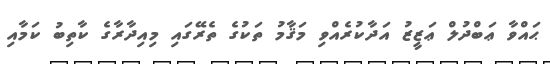
ޙައްވާ ޢަބްދުލް ޢަޒީޒު އަދާކުރެއްވި މަޤާމު ތަކުގެ ތެރޭގައި މިއިދާރާގެ ކާތިބު ކަމާއި